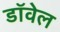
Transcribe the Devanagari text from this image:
डॉवेल